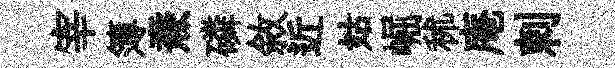
宰簿燾磷敘近姑崛秫庵剌